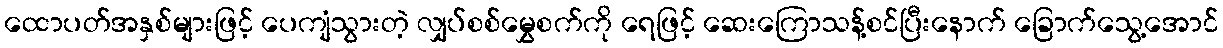
ထောပတ်အနှစ်များဖြင့် ပေကျံသွားတဲ့ လျှပ်စစ်မွှေစက်ကို ရေဖြင့် ဆေးကြောသန့်စင်ပြီးနောက် ခြောက်သွေ့အောင်